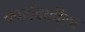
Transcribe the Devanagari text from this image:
कार्यवाहीला